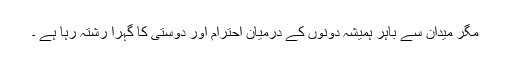
مگر میدان سے باہر ہمیشہ دونوں کے درمیان احترام اور دوستی کا گہرا رشتہ رہا ہے ۔